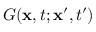
G ( \mathbf { x } , t ; \mathbf { x } ^ { \prime } , t ^ { \prime } )